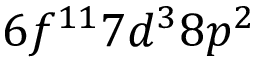
6 f ^ { 1 1 } 7 d ^ { 3 } 8 p ^ { 2 }